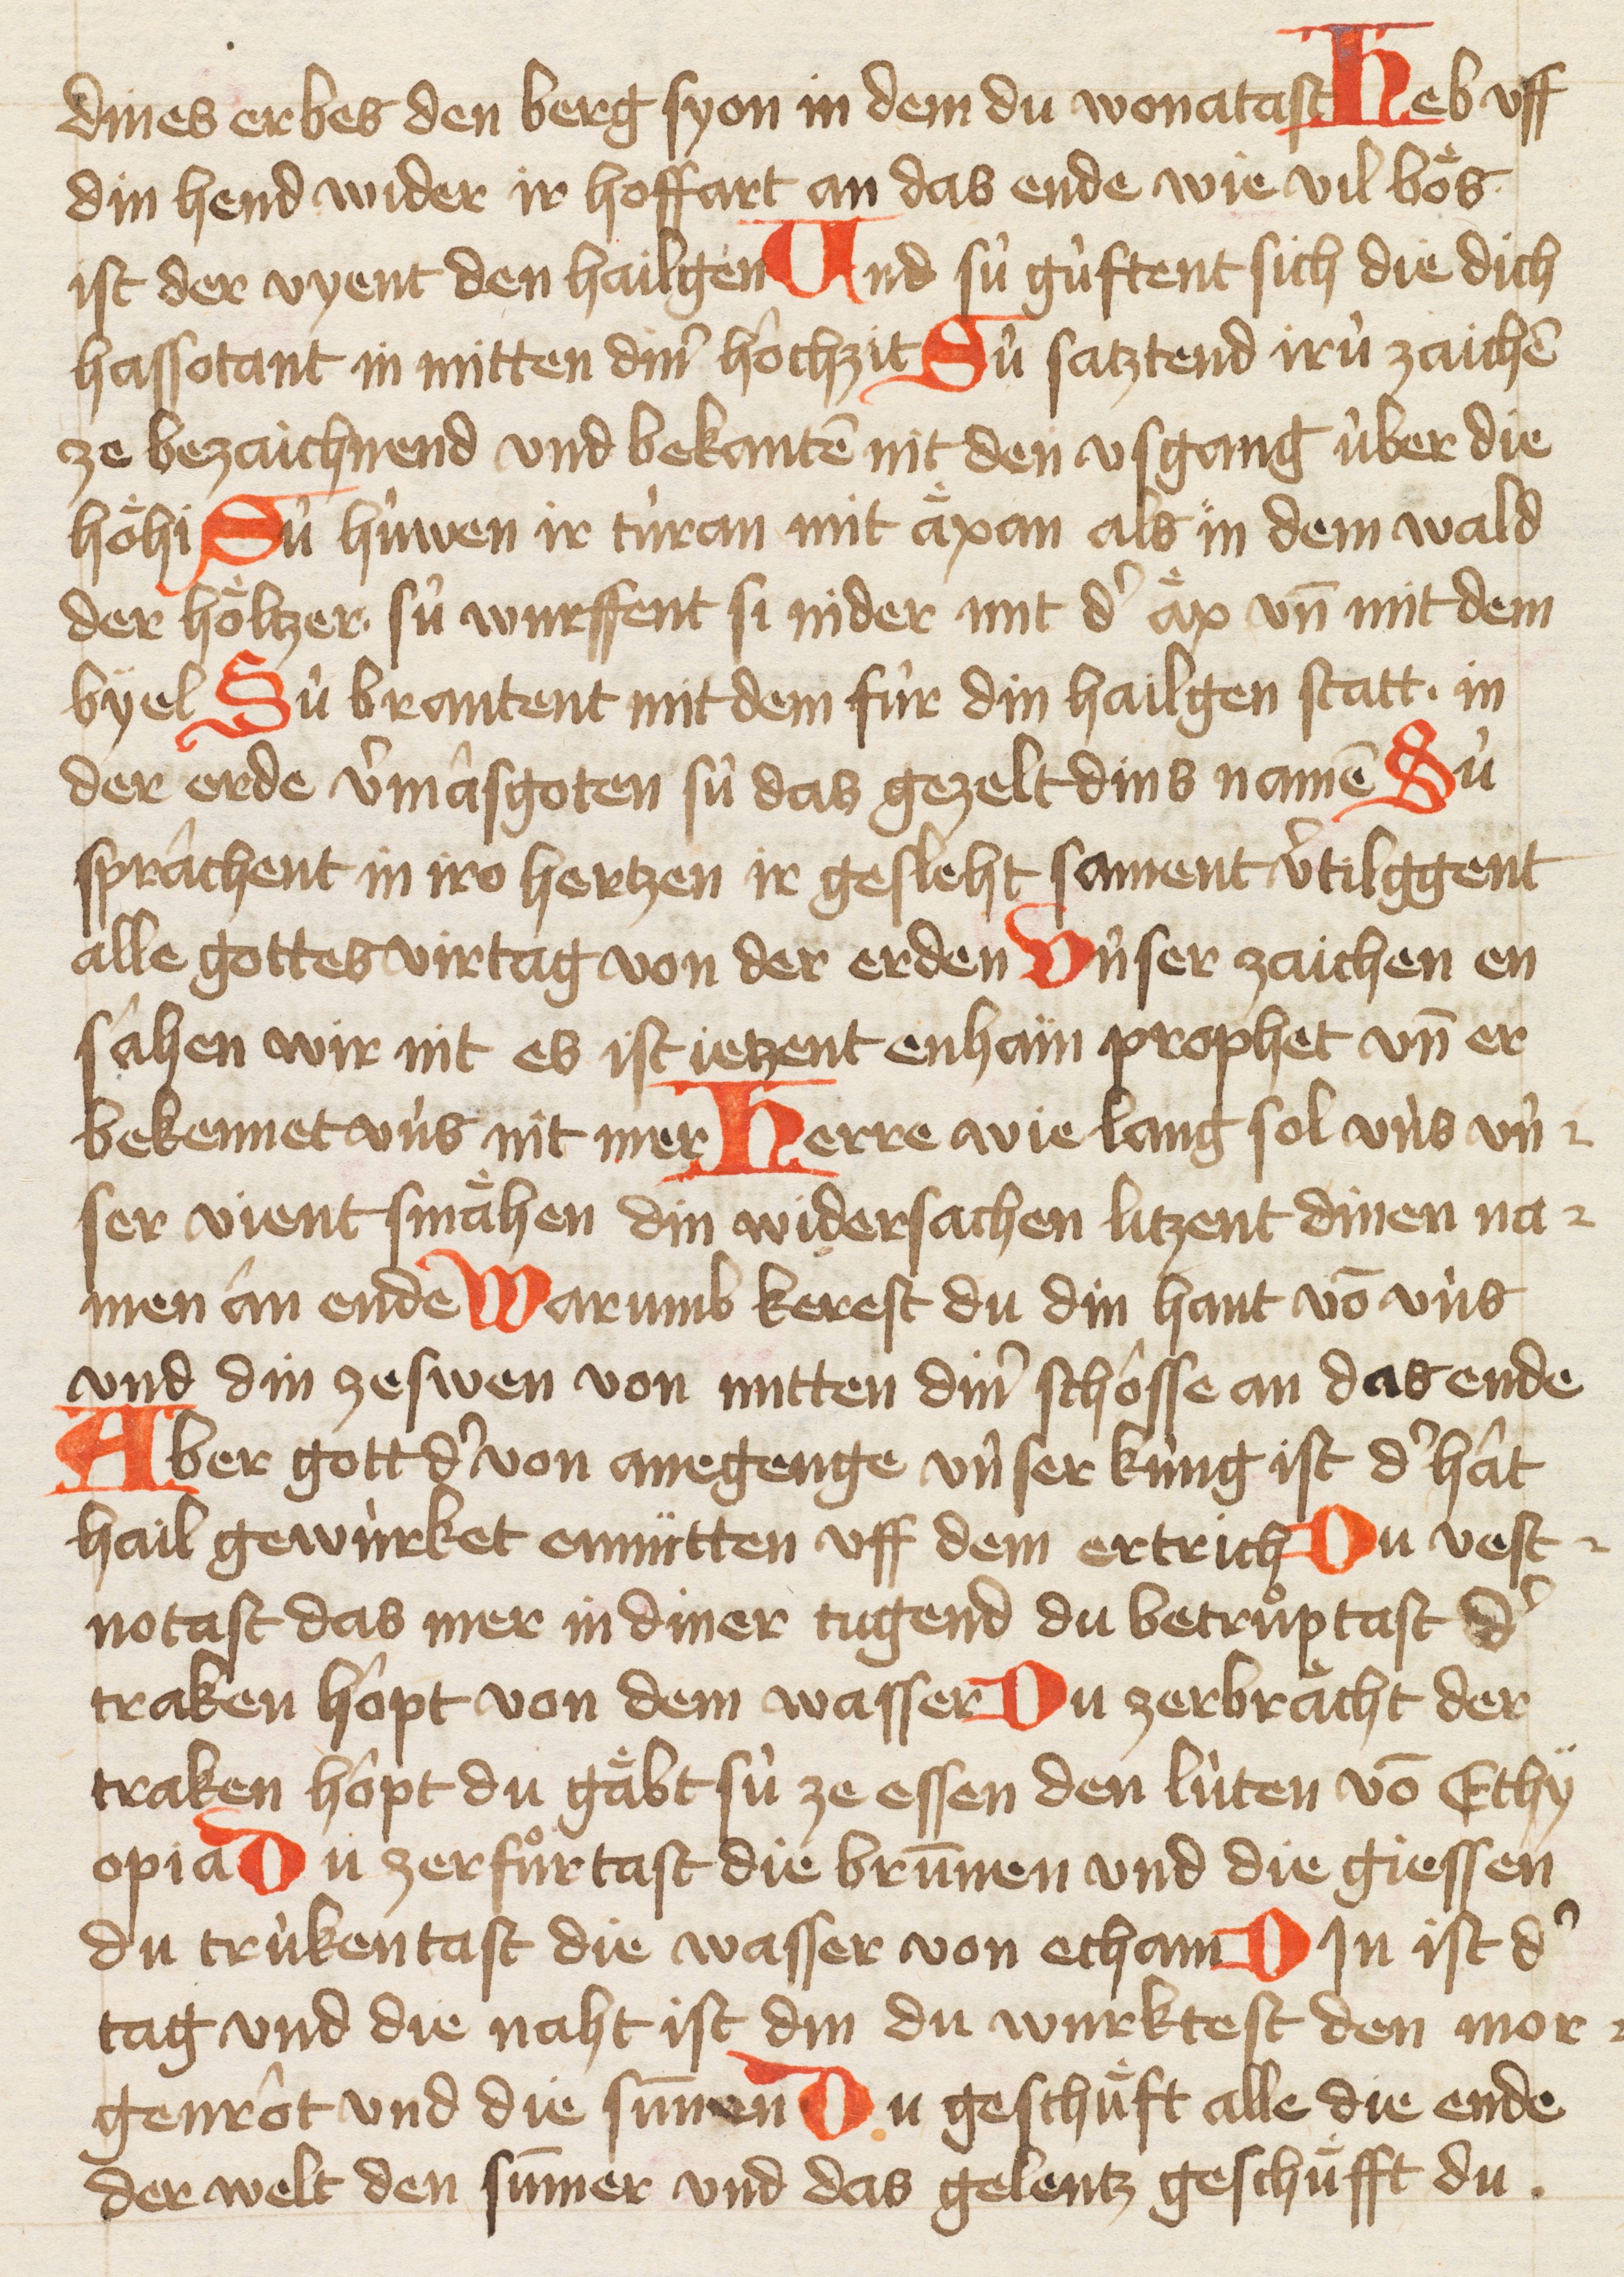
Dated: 1421–1421